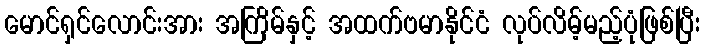
မောင်ရှင်လောင်းအား အကြိမ်နှင့် အထက်ဗမာနိုင်ငံ လုပ်လိမ့်မည့်ပုံဖြစ်ပြီး